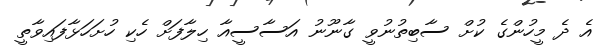
އެ ދެ މީހުންގެ ކުށް ސާބިތުނުވީ ގާނޫނު އަސާސީއާ ހިލާފަށް ހެކި ހުށަހަޅާފައިވާތީ